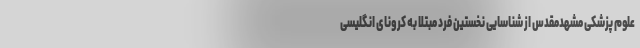
علوم پزشکی مشهدمقدس از شناسایی نخستین فرد مبتلا به کرونای انگلیسی